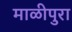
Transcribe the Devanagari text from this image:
माळीपुरा